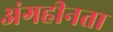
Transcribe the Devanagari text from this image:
अंगहीनता